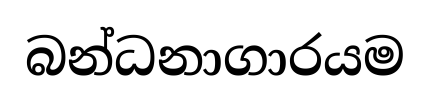
බන්ධනාගාරයම